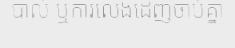
បាល់ ឬការលេងដេញចាប់គ្នា